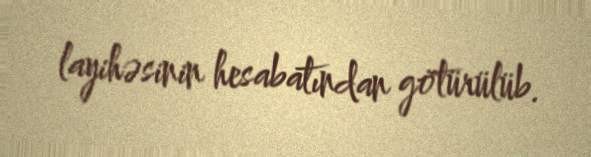
layihəsinin hesabatından götürülüb.